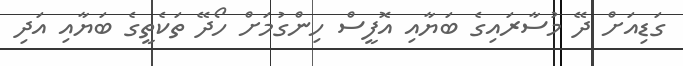
ގަޑިއަށް ދޭ މުސާރައިގެ ބަޔާއި އޮފީސް ހިންގުމަށް ހޯދޭ ތަކެތީގެ ބަޔާއި އަދި